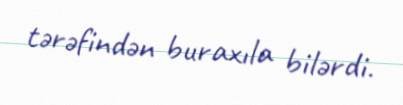
tərəfindən buraxıla bilərdi.